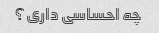
چه احساسی داری؟